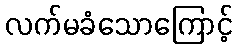
လက်မခံသောကြောင့်